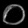
Digit: ၀